Trukikaitis_Postimees, lk 142
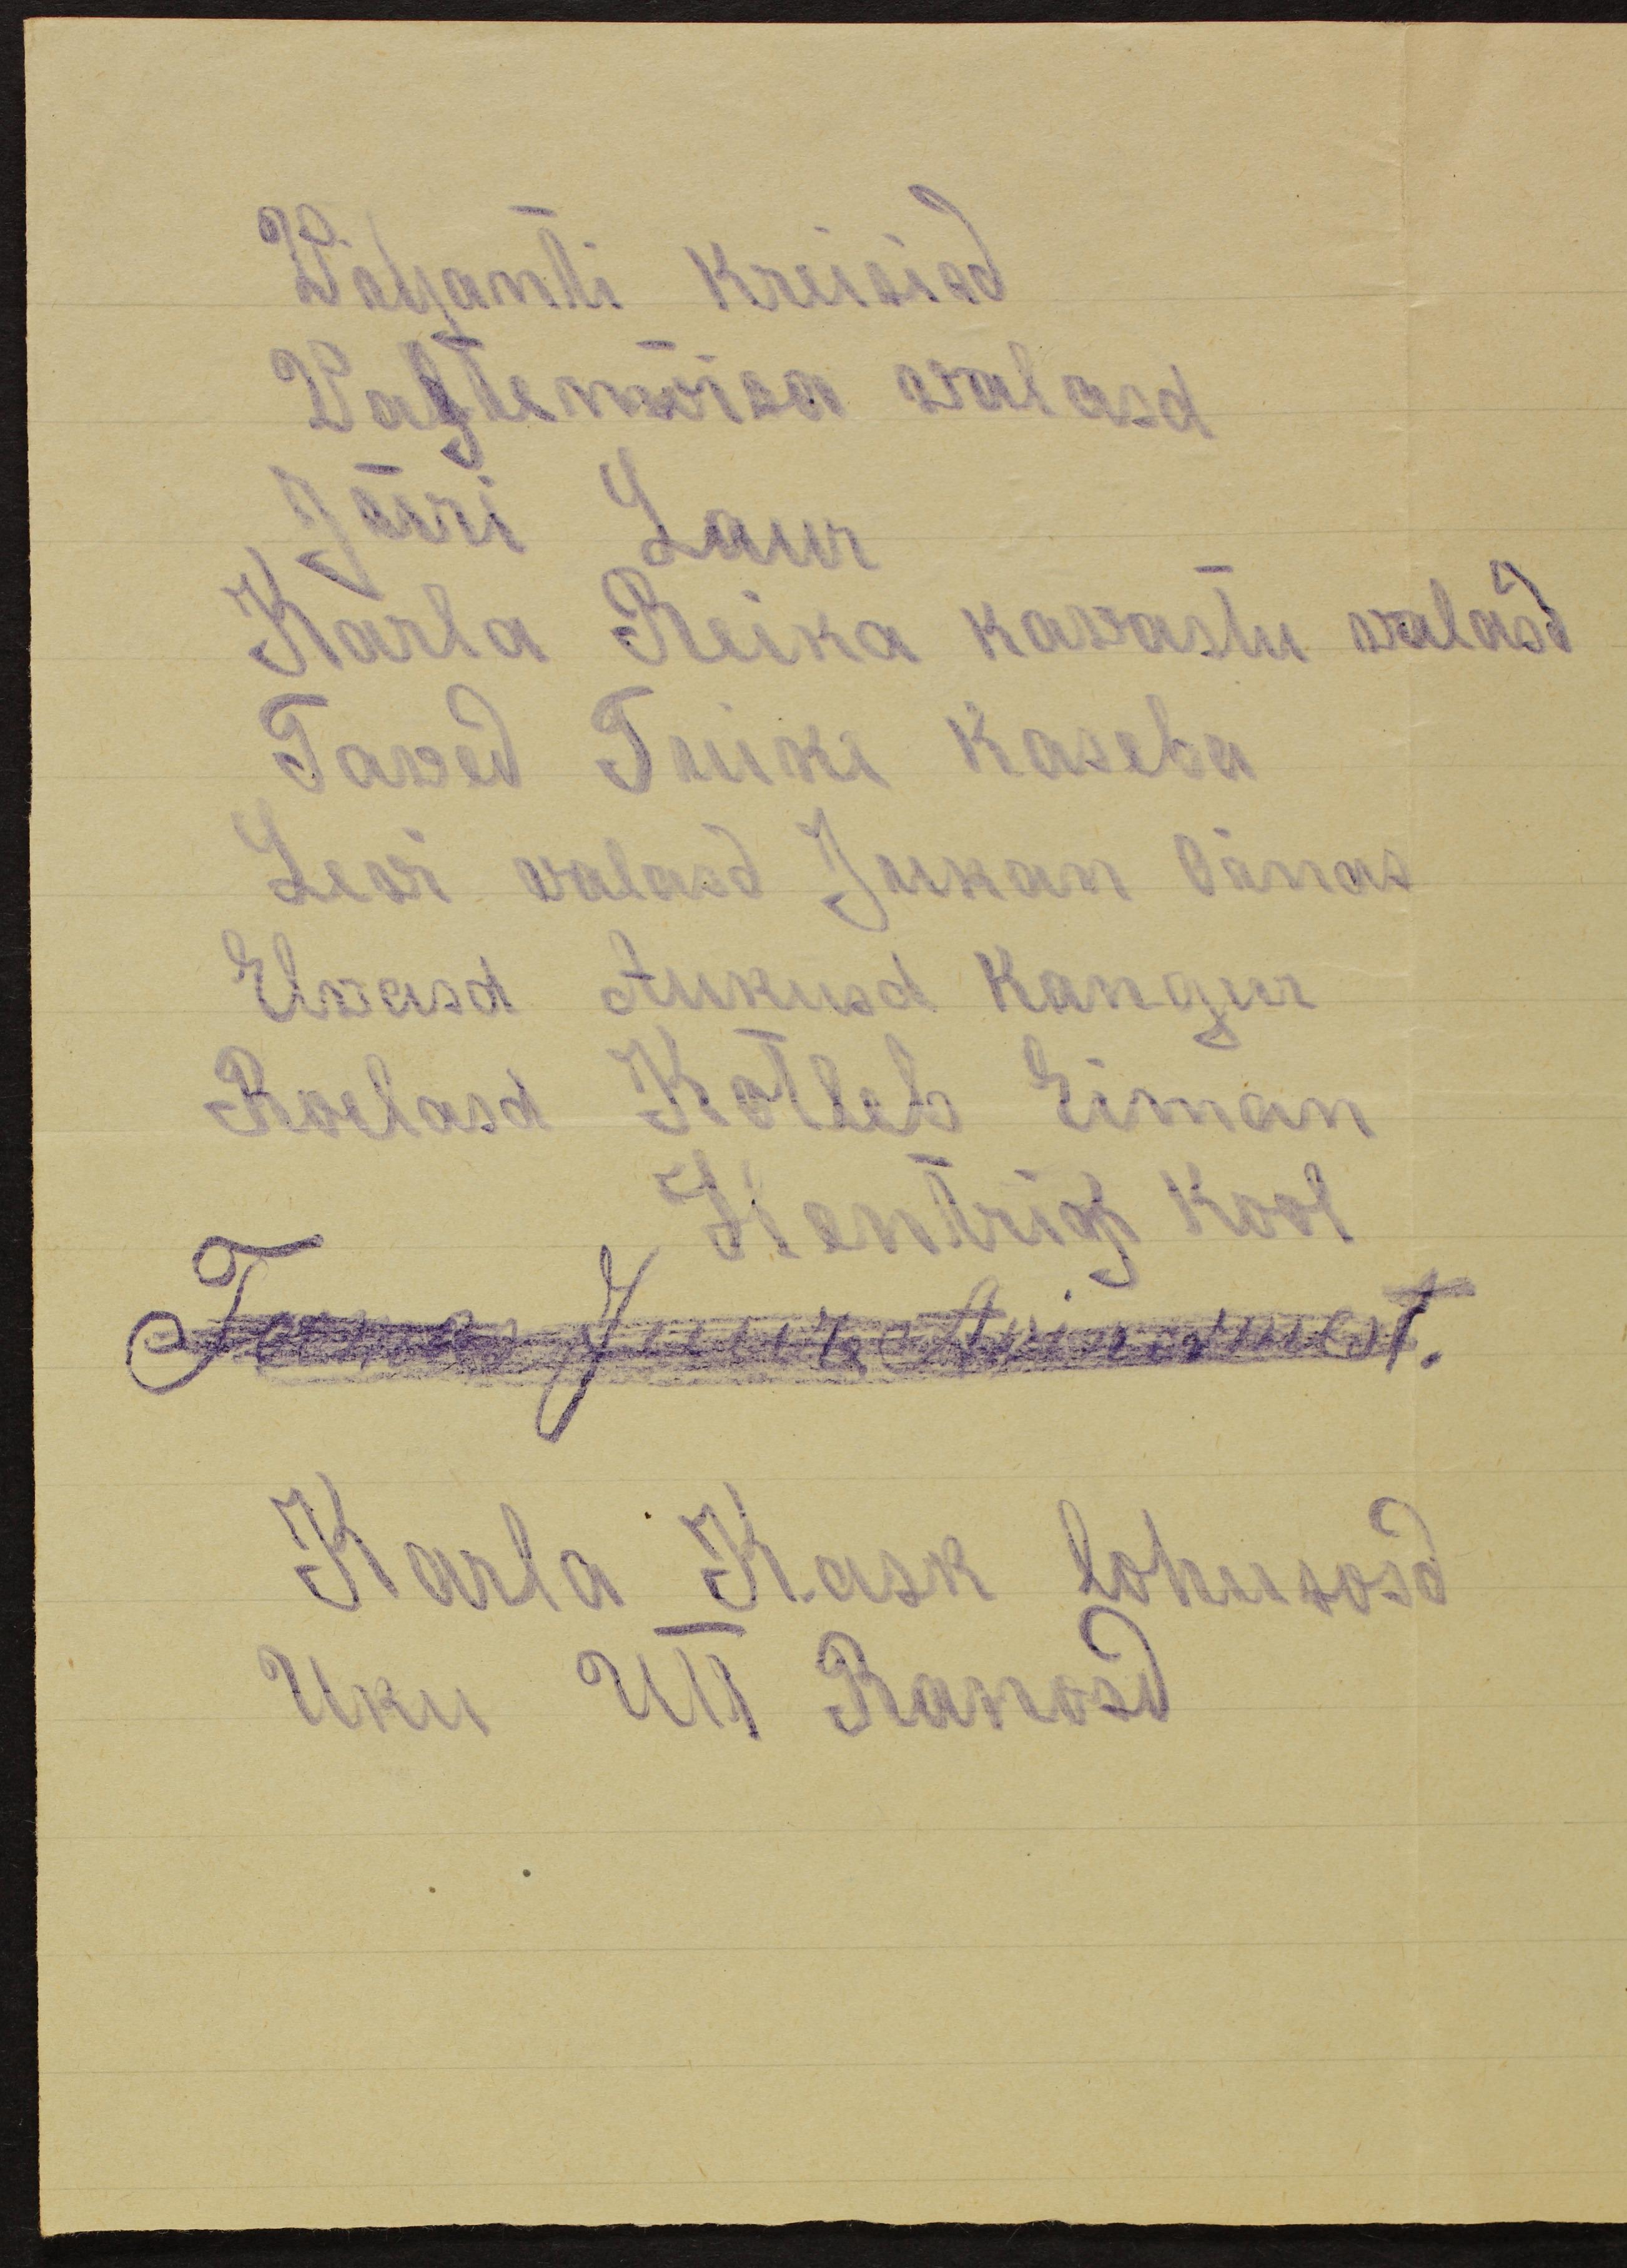
Viljanti kreisisd
Vastemõisa walasd
Jüri Laur
Karla Reika kavastu valasd
Tawed Tuike Kaseba
Levi valasd Jukan Oinas
Elvasd Aukusd Kangur
Roelasd Kotleb Eiman
Hentrik Kool
Karla Kask lohusosd
Uku Utt Ranosd